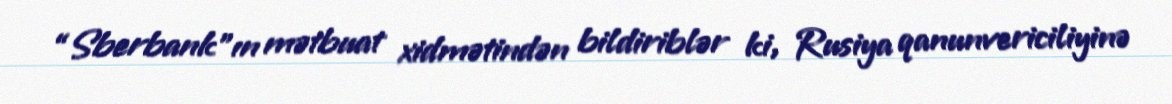
“Sberbank”ın mətbuat xidmətindən bildiriblər ki, Rusiya qanunvericiliyinə